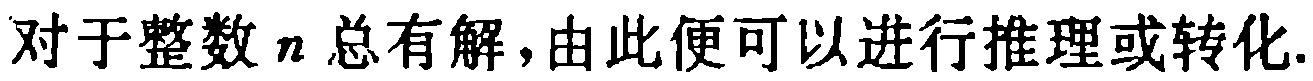
对于整数\(n\)总有解,由此便可以进行推理或转化.